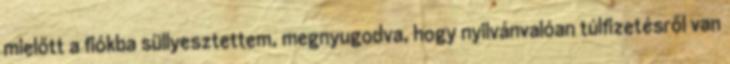
mielőtt a fiókba süllyesztettem, megnyugodva, hogy nyilvánvalóan túlfizetésről van